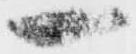
一